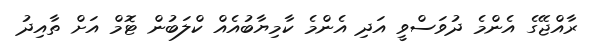
ރާއްޖޭގެ އެންމެ ދުވަސްވީ އަދި އެންމެ ކާމިޔާބުއެއް ކްލަބުން ޓޮމް އަށް ތާއިދު